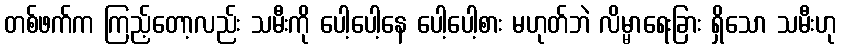
တစ်ဖက်က ကြည့်တော့လည်း သမီးကို ပေါ့ပေါ့နေ ပေါ့ပေါ့စား မဟုတ်ဘဲ လိမ္မာရေးခြား ရှိသော သမီးဟု